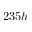
2 3 5 h